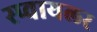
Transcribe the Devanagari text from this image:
स्प्वायलर